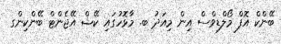
ބޭންކް އޮފް މޯލްޑިވްސް އިން މިއަދު ބ. މާޅޮހުގައި ކޭޝް އޭޖެންޓް ބޭންކިންގ